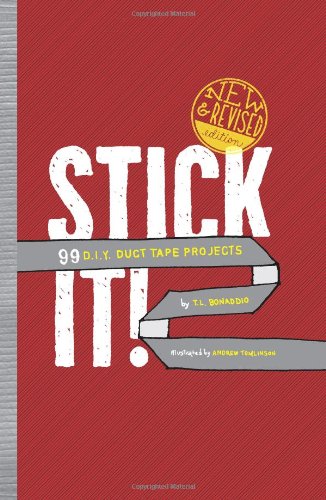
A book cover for Stick It!: 99 D.I.Y. Duct Tape Projects; T.L. Bonaddio; Teen & Young Adult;